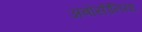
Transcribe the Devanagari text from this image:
अबोसीनिया